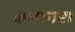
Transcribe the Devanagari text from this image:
क्षमानष्टा